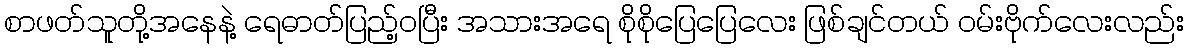
စာဖတ်သူတို့အနေနဲ့ ရေဓာတ်ပြည့်ဝပြီး အသားအရေ စိုစိုပြေပြေလေး ဖြစ်ချင်တယ် ဝမ်းဗိုက်လေးလည်း